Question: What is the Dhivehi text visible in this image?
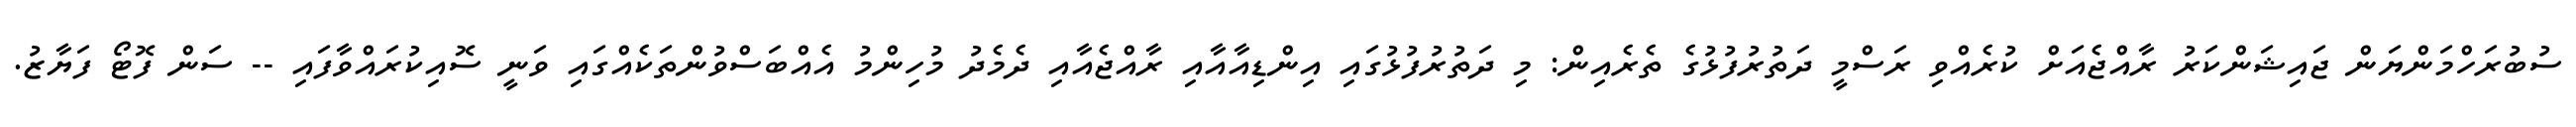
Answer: ސުބުރަހްމަންޔަން ޖައިޝަންކަރު ރާއްޖެއަށް ކުރެއްވި ރަސްމީ ދަތުރުފުޅުގެ ތެރެއިން: މި ދަތުރުފުޅުގައި އިންޑިއާއާއި ރާއްޖެއާއި ދެމެދު މުހިންމު އެއްބަސްވުންތަކެއްގައި ވަނީ ސޮއިކުރައްވާފައި -- ސަން ފޮޓޯ ފަޔާޒު.